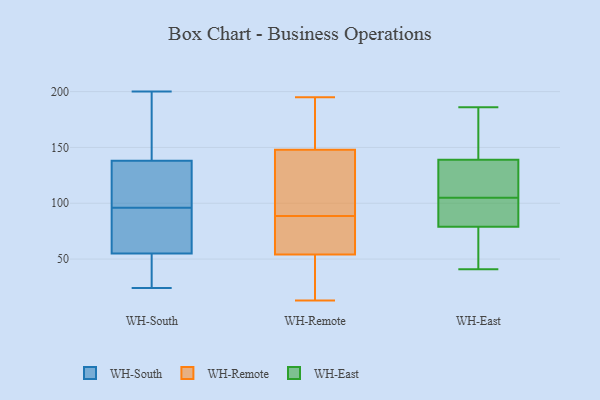
{"axis": {"x": "Active Users", "y": "Value"}, "legend": ["WH-East", "WH-Remote", "WH-South"], "data": [{"x": "", "y": 124, "type": "WH-South"}, {"x": "", "y": 38, "type": "WH-South"}, {"x": "", "y": 160, "type": "WH-South"}, {"x": "", "y": 173, "type": "WH-South"}, {"x": "", "y": 200, "type": "WH-South"}, {"x": "", "y": 114, "type": "WH-South"}, {"x": "", "y": 87, "type": "WH-South"}, {"x": "", "y": 24, "type": "WH-South"}, {"x": "", "y": 55, "type": "WH-South"}, {"x": "", "y": 29, "type": "WH-South"}, {"x": "", "y": 105, "type": "WH-South"}, {"x": "", "y": 70, "type": "WH-South"}, {"x": "", "y": 138, "type": "WH-South"}, {"x": "", "y": 87, "type": "WH-South"}, {"x": "", "y": 61, "type": "WH-Remote"}, {"x": "", "y": 13, "type": "WH-Remote"}, {"x": "", "y": 66, "type": "WH-Remote"}, {"x": "", "y": 173, "type": "WH-Remote"}, {"x": "", "y": 143, "type": "WH-Remote"}, {"x": "", "y": 195, "type": "WH-Remote"}, {"x": "", "y": 81, "type": "WH-Remote"}, {"x": "", "y": 88, "type": "WH-Remote"}, {"x": "", "y": 49, "type": "WH-Remote"}, {"x": "", "y": 89, "type": "WH-Remote"}, {"x": "", "y": 143, "type": "WH-Remote"}, {"x": "", "y": 173, "type": "WH-Remote"}, {"x": "", "y": 53, "type": "WH-Remote"}, {"x": "", "y": 54, "type": "WH-Remote"}, {"x": "", "y": 47, "type": "WH-Remote"}, {"x": "", "y": 122, "type": "WH-Remote"}, {"x": "", "y": 159, "type": "WH-Remote"}, {"x": "", "y": 148, "type": "WH-Remote"}, {"x": "", "y": 98, "type": "WH-East"}, {"x": "", "y": 160, "type": "WH-East"}, {"x": "", "y": 103, "type": "WH-East"}, {"x": "", "y": 122, "type": "WH-East"}, {"x": "", "y": 50, "type": "WH-East"}, {"x": "", "y": 139, "type": "WH-East"}, {"x": "", "y": 79, "type": "WH-East"}, {"x": "", "y": 186, "type": "WH-East"}, {"x": "", "y": 125, "type": "WH-East"}, {"x": "", "y": 107, "type": "WH-East"}, {"x": "", "y": 142, "type": "WH-East"}, {"x": "", "y": 90, "type": "WH-East"}, {"x": "", "y": 41, "type": "WH-East"}, {"x": "", "y": 58, "type": "WH-East"}]}